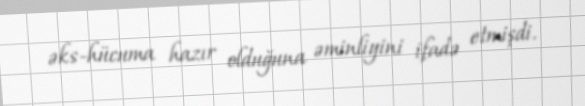
əks-hücuma hazır olduğuna əminliyini ifadə etmişdi.